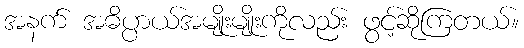
အနက် အဓိပ္ပာယ်အမျိုးမျိုးကိုလည်း ဖွင့်ဆိုကြတယ်။